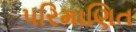
પરિમાણિત